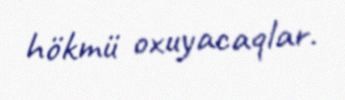
hökmü oxuyacaqlar.